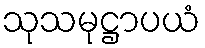
သုသမုဋ္ဌာပယံ